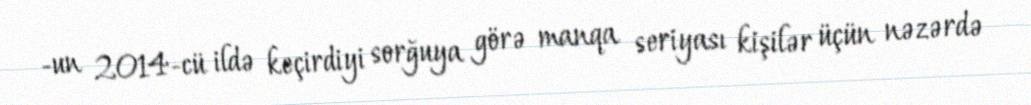
-un 2014-cü ildə keçirdiyi sorğuya görə manqa seriyası kişilər üçün nəzərdə